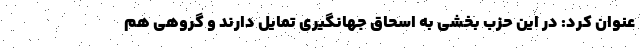
عنوان کرد: در این حزب بخشی به اسحاق جهانگیری تمایل دارند و گروهی هم